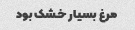
مرغ بسیار خشک بود